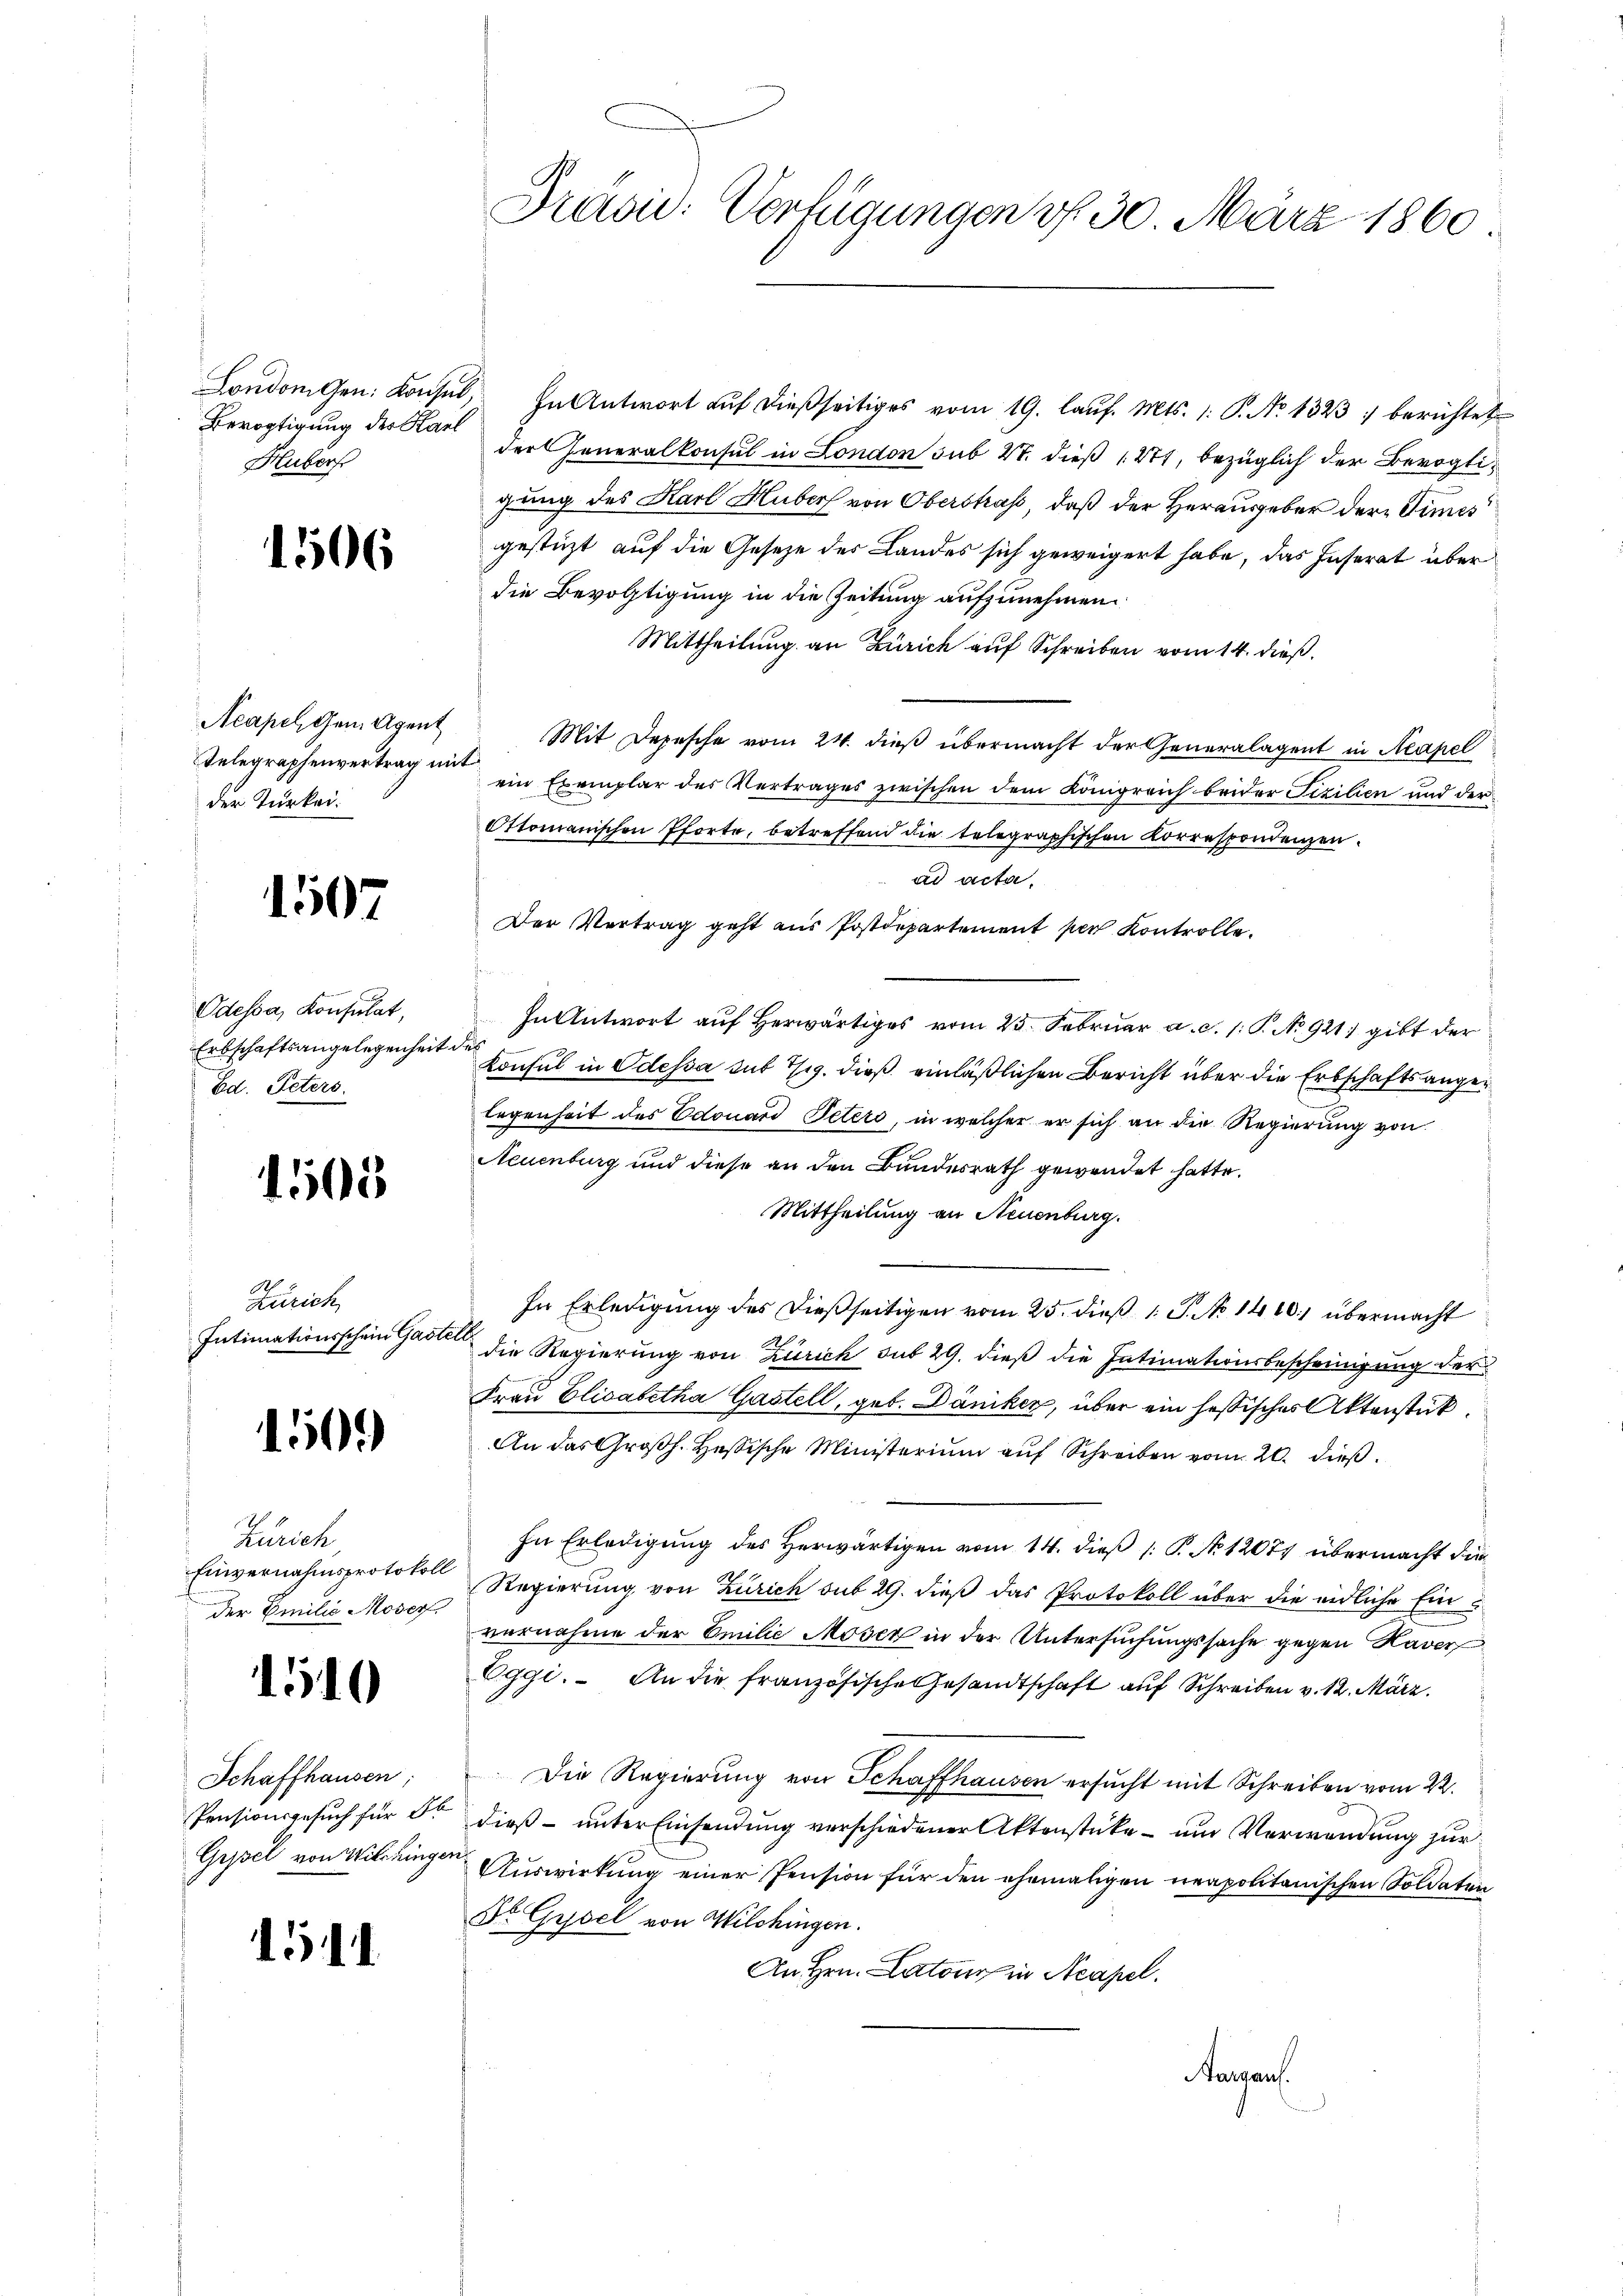
Bevogtigung des Karl
Hubers

1506

Telegraphenvertrag mit
der Türkei

1507

Odessa, Konsulat,
Erbschaftsangelegenheit des
Ed. Peters.

1508

Zürich,

1500

Zürich,
der Emilie Moser.

1510

Schaffhausen,

1

Londonnen. Konsul, In Antwort aŭf dießseitiges vom 19. laŭf. Mts. 1. P. No 1323) berichtet
der Generalkonsul in London sub. 4. dieß (271, bezüglich der Bevogtigung des Karl Huber von Oberstraf, daß der Herausgeber der Times
gestüzt auf die Gesetze des Landes sich geweigert habe, das Inserat über
die Bevogtigung in die Zeitung aufzunehmen
Mittheilung an Zürich auf Schreiben vom 14. dieß.
Acapel gemagen Mit Depesche vom 24. dieß übermacht der Generalagent in Neapel
ein Exemplar des Vertrages zwischen dem Königreich beider Fizilien und der
Ottomanischen Pforte, betreffend die telegraphischen Korrespondenzen.
ad acta.
Der Vertrag geht aus Postdepartement per Kontrolle.
In Antwort aŭf herwärtiges vom 25. Febrŭar a. d. 1. P. No 921) gibt der
Konsul in Odessa sub 1/9. dieß einläßlichen Bericht über die Erbschaftsangelegenheit des Edouard Petero, in welcher er sich an die Regierung von
Neuenburg und diese an den Bundesrath gewendet hatte.
Mittheilung an Neuenburg.
In Erledigung des dießseitigen vom 25. dieß 1 S. No 1410. übermacht
Intimationsschein Gast die Regierung von Zürich sub 29. dieß die Intimationsbescheinigung der
Frau Elisabetha Gastell, geb. Däniker, über ein hassisches Aktenstück.
An das Großh. Heßische Ministerium auf Schreiben vom 20. dieß
In Erledigung des Herwärtigen vom 14. dieß (: P. No 12077 übermacht die
Einvernahmsprotoko Regierung von Zürich sub 29. dieß das Protokoll über die eidliche Einvernahme der Emilie Moser in der Untersuchungssache gegen Kaver
Oggi. An die französische Gesandtschaft auf Schreiben v. 12. März.
Die Regierung von Schaffhausen ersucht mit Schreiben vom 22.
Pensionsgesuch für Dr dieß unter Einsendung verschiedener Aktenstücke - um Verwendung zur
Gypsel von Wildungen Auswirkung einer Pension für den ehemaligen neapolitanischen Soldaten
Fr Gysel von Wilchingen.
An Hrn. Latone in Neapel.
Aarauf.

Präsid. Verfügungen v. 30. März 1860.